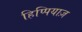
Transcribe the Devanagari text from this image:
हिप्पियाज़